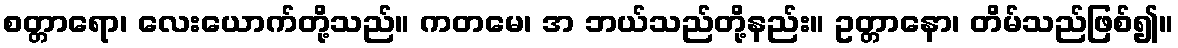
စတ္တာရော၊ လေးယောက်တို့သည်။ ကတမေ၊ အ ဘယ်သည်တို့နည်း။ ဥတ္တာနော၊ တိမ်သည်ဖြစ်၍။